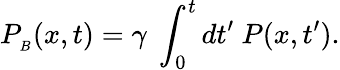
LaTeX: P_{_B}(x,t)=\gamma\ \int_{0}^{t}dt^{\prime}\ P(x,t^{\prime}).